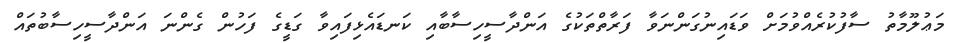
މަޢުލޫމާތު ސާފުކުރެއްވުމަށް ވަޑައިނުގަންނަވާ ފަރާތްތަކުގެ އަންދާސީހިސާބާއި ކަނޑައެޅިފައިވާ ގަޑީގެ ފަހުން ގެންނަ އަންދާސީހިސާބުތައް